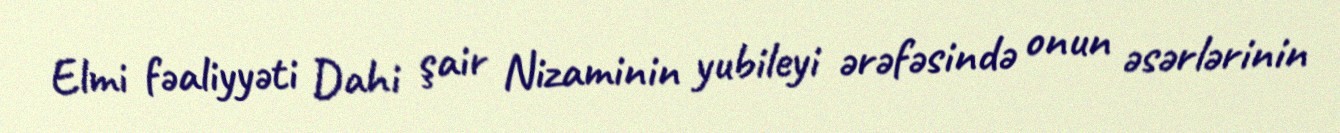
Elmi fəaliyyəti Dahi şair Nizaminin yubileyi ərəfəsində onun əsərlərinin